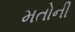
મતોની